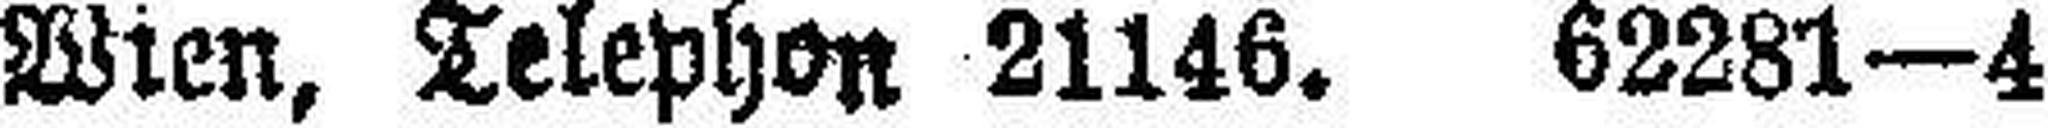
Wien, Telephon 21146. 62281—4